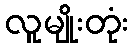
လူမျိုးတုံး